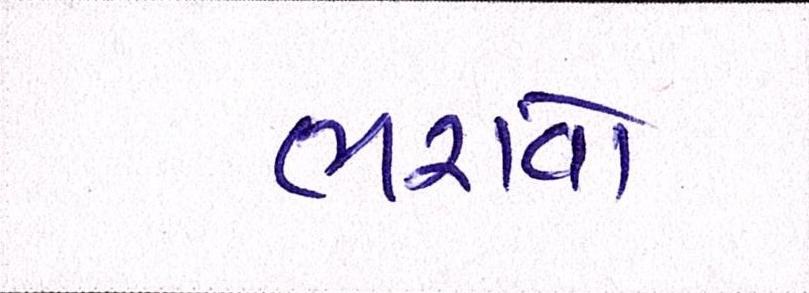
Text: ભરાવોઃ